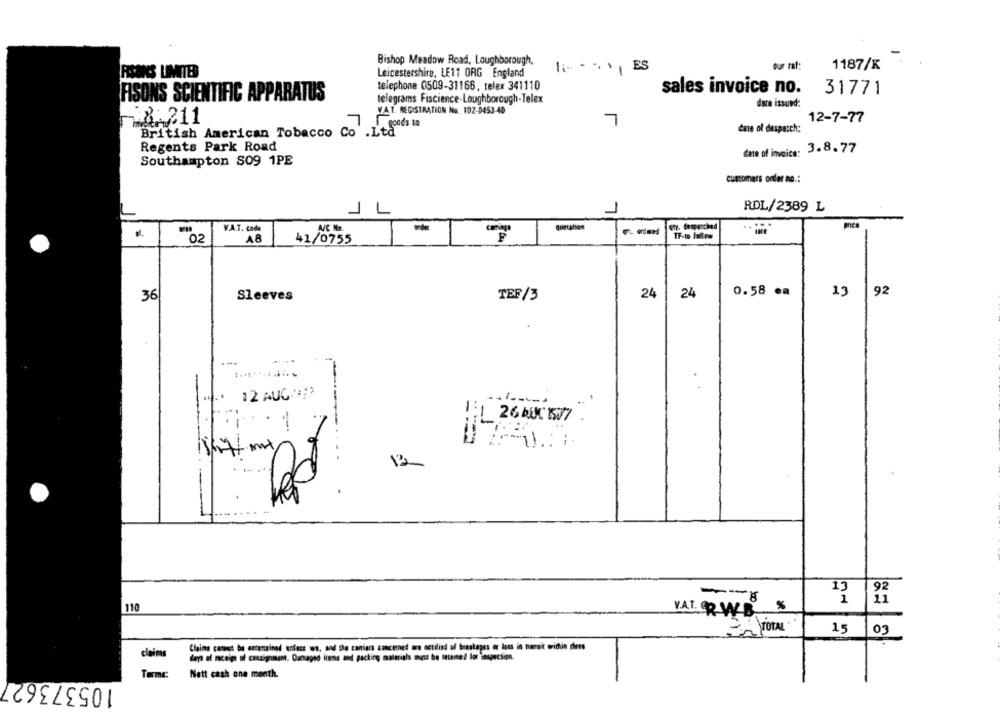
Bishop Meadow Road, Loughborough,
bur rat:
1187/K
PISONS LIMITE
Leicestershire, LE11 ORG England
telephone 0509-31166, telex 341110
sales invoice no.
31771
AISONS SCIENTIFIC APPARATUS
telegrams Fiscience-Loughborough-Telex
dare issued:
VAT. REGISTRATION No. 102-0453-48
-8:211
12-7-77
7
goods to
date of daspasch:
British American Tobacco Co .Ltd
Regents Park Road
date of invoice: 3.8.77
Southampton S09 1PE
customers onder no .:
RDL/2389 L
JL
1
V.A.T. cada
quetahos
oty. fempunched
TF-to follow
"02
A8
41/0755
24
24
0.58 ca
13
92
36
Sleeves
TEF/3
12 AUG
26 KL 17
Rd
.
--
13
1
11
110
VAL. RWB %
TOTAL
15
03
Claims camest be astarcined entess ws, and the carriers concerned mro ostilind of beakapes or loss in narak wridie there
claims
days of receipt of consigomem. Damaged items and packing materials must be Ittamte! lor inspection.
105373627
Terms:
Nett cash one month.